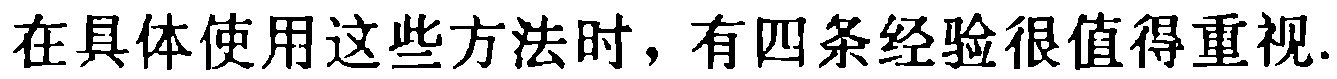
在具体使用这些方法时，有四条经验很值得重视.